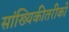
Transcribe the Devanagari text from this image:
सांख्यिकीतरीको